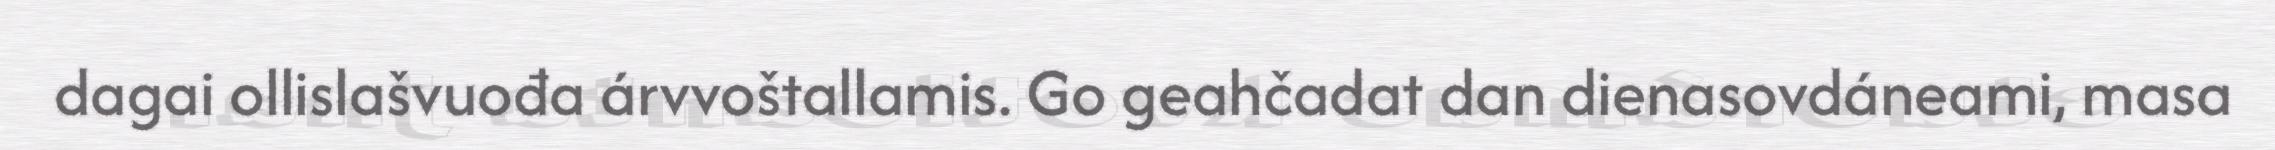
dagai ollislašvuođa árvvoštallamis. Go geahčadat dan dienasovdáneami, masa